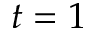
t = 1